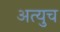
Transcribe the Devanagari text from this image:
अत्युच